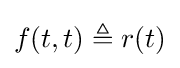
\textstyle f(t,t)\triangleq r(t)